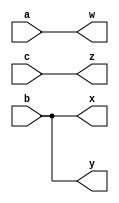
// This program was cloned from: https://github.com/matthlud/HDLBits
// License: Apache License 2.0

module top_module( 
    input a,b,c,
    output w,x,y,z );
	assign w = a;
    assign x = b;
    assign y = b;
    assign z = c;
endmodule